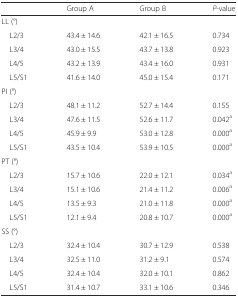
<table><thead><tr><td></td><td><b>Group A</b></td><td><b>Group B</b></td><td><b><i>P</i>-value</b></td></tr></thead><tbody><tr><td colspan="4">LL (°)</td></tr><tr><td> L2/3</td><td>43.4 ± 14.6</td><td>42.1 ± 16.5</td><td>0.734</td></tr><tr><td> L3/4</td><td>43.0 ± 15.5</td><td>43.7 ± 13.8</td><td>0.923</td></tr><tr><td> L4/5</td><td>43.2 ± 13.9</td><td>43.4 ± 16.0</td><td>0.931</td></tr><tr><td> L5/S1</td><td>41.6 ± 14.0</td><td>45.0 ± 15.4</td><td>0.171</td></tr><tr><td colspan="4">PI (°)</td></tr><tr><td> L2/3</td><td>48.1 ± 11.2</td><td>52.7 ± 14.4</td><td>0.155</td></tr><tr><td> L3/4</td><td>47.6 ± 11.5</td><td>52.6 ± 11.7</td><td>0.042<sup>a</sup></td></tr><tr><td> L4/5</td><td>45.9 ± 9.9</td><td>53.0 ± 12.8</td><td>0.000<sup>a</sup></td></tr><tr><td> L5/S1</td><td>43.5 ± 10.4</td><td>53.9 ± 10.5</td><td>0.000<sup>a</sup></td></tr><tr><td colspan="4">PT (°)</td></tr><tr><td> L2/3</td><td>15.7 ± 10.6</td><td>22.0 ± 12.1</td><td>0.034<sup>a</sup></td></tr><tr><td> L3/4</td><td>15.1 ± 10.6</td><td>21.4 ± 11.2</td><td>0.006<sup>a</sup></td></tr><tr><td> L4/5</td><td>13.5 ± 9.3</td><td>21.0 ± 11.8</td><td>0.000<sup>a</sup></td></tr><tr><td> L5/S1</td><td>12.1 ± 9.4</td><td>20.8 ± 10.7</td><td>0.000<sup>a</sup></td></tr><tr><td colspan="4">SS (°)</td></tr><tr><td> L2/3</td><td>32.4 ± 10.4</td><td>30.7 ± 12.9</td><td>0.538</td></tr><tr><td> L3/4</td><td>32.5 ± 11.0</td><td>31.2 ± 9.1</td><td>0.574</td></tr><tr><td> L4/5</td><td>32.4 ± 10.4</td><td>32.0 ± 10.1</td><td>0.862</td></tr><tr><td> L5/S1</td><td>31.4 ± 10.7</td><td>33.1 ± 10.6</td><td>0.346</td></tr></tbody></table>